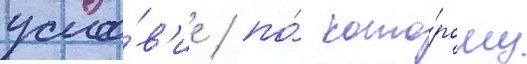
усло́в'ие / по́ кото́рому